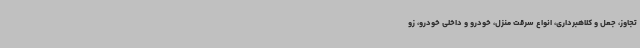
تجاوز، جعل و کلاهبرداری، انواع سرقت منزل، خودرو و داخلی خودرو، زو